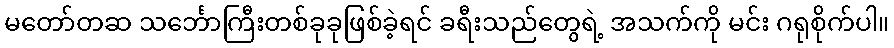
မတော်တဆ သင်္ဘောကြီးတစ်ခုခုဖြစ်ခဲ့ရင် ခရီးသည်တွေရဲ့ အသက်ကို မင်း ဂရုစိုက်ပါ။